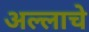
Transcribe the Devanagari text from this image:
अल्लाचे